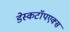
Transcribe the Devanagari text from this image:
डेस्कटॉपएक्स